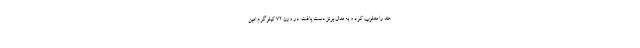
هند را مغلوب کرد و به مدال برنز دست یافت. در وزن ۷۲ کیلوگرم امین